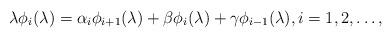
LaTeX: \begin{align*}\lambda \phi_i(\lambda)=\alpha_i\phi_{i+1}(\lambda)+\beta\phi_i(\lambda)+\gamma\phi_{i-1}(\lambda), i=1,2,\hdots,\end{align*}